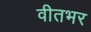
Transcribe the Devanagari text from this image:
वीतभर